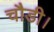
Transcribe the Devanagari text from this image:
चौडी।